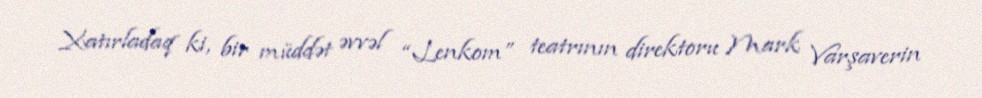
Xatırladaq ki, bir müddət əvvəl “Lenkom” teatrının direktoru Mark Varşaverin